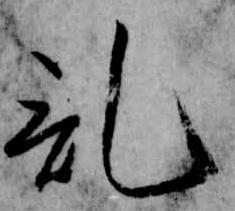
記